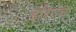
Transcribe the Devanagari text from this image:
इंदिरांचे